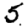
Digit: 5